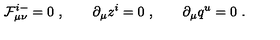
{ \cal F } _ { \mu \nu } ^ { i - } = 0 \ , \qquad \partial _ { \mu } z ^ { i } = 0 \ , \qquad \partial _ { \mu } q ^ { u } = 0 \ .